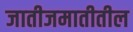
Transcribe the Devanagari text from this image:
जातीजमातीतील